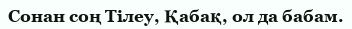
Сонан соң Тілеу, Қабақ, ол да бабам.